Leaving Certificate Examination, 1922
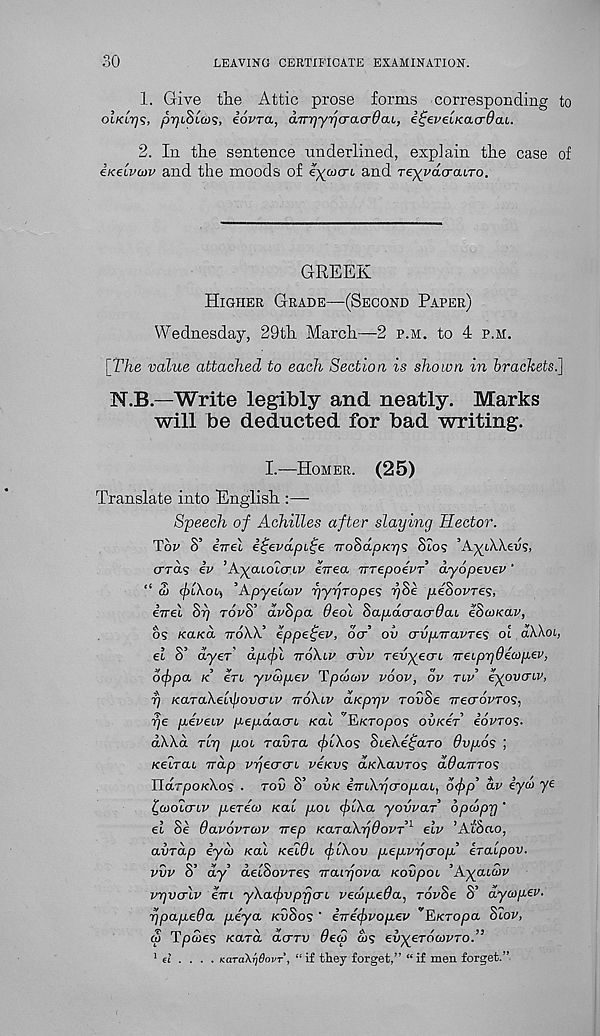
30
LEAVING CERTIFICATE EXAMINATION.
1. Give the Attic prose forms corresponding to
oiK'irjs, pijiSttus, iovra, dTrrjyrjcracrdai, itjeveiKacrdou.
2. In the sentence underlined, explain the case of
iKeiPw and the moods of eyuxri and reyvacrcuTo.
GREEK
Higher Grade—(Second Paper)
Wednesday, 29th March—2 p.m. to 4 p.m.
[The value attached to each Section is shown in brackets.]
N.B.—Write legibly and neatly. Marks
will be deducted for bad writing.
I.—Homer. (25)
Translate into English :—
Speech of Achilles after slaying Hector.
Tor S’ inel i^evdpi^e Tro&dpKrjs Sto? ’AyiAAevs,
crras iv ’AyaLOLcriv eirea nrepoivT dyopevev'
“ 2) (frlXoi,-) , Apyeiav r)yrjTope<; r)Se pehovres,
inel Sr) torS’ dvSpa. 0eol ciapdcracrdcu eSuKav,
os kolko, ttoA-X.’ eppe^ev, oV’ oil o-vpiravres ot d\\oi,
el S’ dyer d.p,f>l ttoXlp crvv revyecrt, TreLprjdecopev,
ocf)pa k €tl yvcopev TpwojR roor, or tir’ eyovcnv,
y) KaTa\el\]jovcrbv ttoXlv aKp-qv rovSe irecroRros,
pe peveiv pepdao-L Kal 'FiKTopos ovk4t eovros.
d\\d tItj poi ravTO. cflXos SbeXe^aro dvpos
Keirab wap vrjecro-b veKw; a/cXanros ddawTOS
Harpo/cXos . tov S’ ovk iwbXrjcropab, d<j)p , dv eyd) ye
ifo)derby pereo) Kal pob <f>bXa yovvar opcoprj ’
el Se davovTMV wep KaraXrjOovT 1 elv ’At'Sao,
avrdp iya> Kal KeWb cflXov pepyperop’ eralpov.
vvv S’ dy debSoyTes waLrjova Kovpob ’Ayabdv
vrjvcrlv ewi yXa<f>vpfjcrb vedpeda, rorSe S’ dycopev.
rjpapeda peya kvSos ' ewefvopev '’’E/cropa StoR,
q> Tpues Kara derv Oeco cos evyerocovTo.”
'el ... . KaTa\r]dovT, “ if they forget,” “ if men forget.”